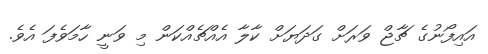
އައިފޯނުގެ ޗާޖް ވަރަށް ގަދަޔަށް ކާލާ އެއްޗެއްކަން މި ވަނީ ހާމަވެފަ އެވެ.